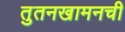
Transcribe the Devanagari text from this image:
तुतनखामनची